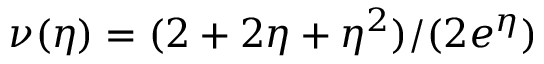
\nu ( \eta ) = ( 2 + 2 \eta + \eta ^ { 2 } ) / ( 2 e ^ { \eta } )